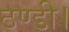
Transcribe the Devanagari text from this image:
ठण्डी।